Indian journal of veterinary science and animal husbandry - Volumes 24-25, 1954-1955
Year: 1954
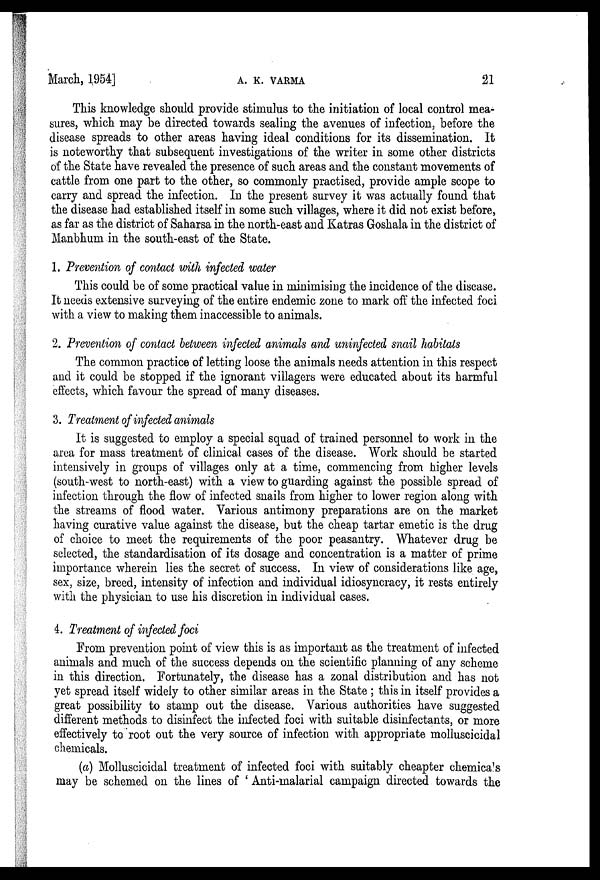
March, 1954]
A.
K.
VARMA
21
This knowledge should provide stimulus to the initiation of local control mea-
sures, which may be directed towards sealing the avenues of infection, before the
disease spreads to other areas having ideal conditions for its dissemination. It
is noteworthy that subsequent investigations of the writer in some other districts
of the State have revealed the presence of such areas and the constant movements of
cattle from one part to the other, so commonly practised, provide ample scope to
carry and spread the infection. In the present survey it was actually found that
the disease had established itself in some such villages, where it did not exist before,
as far as the district of Saharsa in the north-east and Katras Goshala in the district of
Manbhum in the south-east of the State.
1. Prevention of contact with infected water
This could be of some practical value in minimising the incidence of the disease.
It needs extensive surveying of the entire endemic zone to mark off the infected foci
with a view to making them inaccessible to animals.
2. Prevention of contact between infected animals and uninfected snail habitats
The common practice of letting loose the animals needs attention in this respect
and it could be stopped if the ignorant villagers were educated about its harmful
effects, which favour the spread of many diseases.
3. Treatment of infected animals
It is suggested to employ a special squad of trained personnel to work in the
area for mass treatment of clinical cases of the disease. Work should be started
intensively in groups of villages only at a time, commencing from higher levels
(south-west to north-east) with a view to guarding against the possible spread of
infection through the flow of infected snails from higher to lower region along with
the streams of flood water. Various antimony preparations are on the market
having curative value against the disease, but the cheap tartar emetic is the drug
of choice to meet the requirements of the poor peasantry. Whatever drug be
selected, the standardisation of its dosage and concentration is a matter of prime
importance wherein lies the secret of success. In view of considerations like age,
sex, size, breed, intensity of infection and individual idiosyncracy, it rests entirely
with the physician to use his discretion in individual cases.
4. Treatment of infected foci
From prevention point of view this is as important as the treatment of infected
animals and much of the success depends on the scientific planning of any scheme
in this direction. Fortunately, the disease has a zonal distribution and has not
yet spread itself widely to other similar areas in the State; this in itself provides a
great possibility to stamp out the disease. Various authorities have suggested
different methods to disinfect the infected foci with suitable disinfectants, or more
effectively to root out the very source of infection with appropriate molluscicidal
chemicals.
(a) Molluscicidal treatment of infected foci with suitably cheapter chemicals
may be schemed on the lines of 'Anti-malarial campaign directed towards the